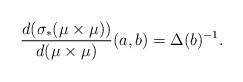
LaTeX: \begin{align*} \frac{d(\sigma_{*}(\mu \times \mu))}{d(\mu \times \mu)}(a,b)=\Delta(b)^{-1}.\end{align*}